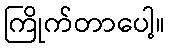
ကြိုက်တာပေါ့။